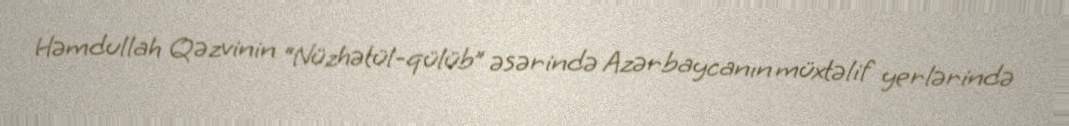
Həmdullah Qəzvinin “Nüzhətül-qülüb” əsərində Azərbaycanın müxtəlif yerlərində